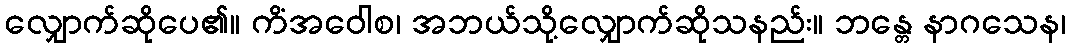
လျှောက်ဆိုပေ၏။ ကိံအဝေါစ၊ အဘယ်သို့လျှောက်ဆိုသနည်း။ ဘန္တေ နာဂသေန၊